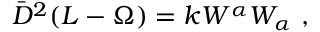
\bar { D } ^ { 2 } ( L - \Omega ) = k W ^ { \alpha } W _ { \alpha } \ ,